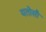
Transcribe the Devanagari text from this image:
यतोसौ